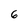
Character: 6